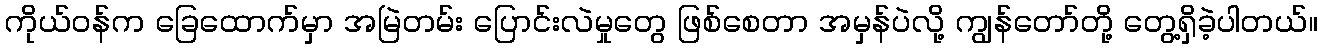
ကိုယ်ဝန်က ခြေထောက်မှာ အမြဲတမ်း ပြောင်းလဲမှုတွေ ဖြစ်စေတာ အမှန်ပဲလို့ ကျွန်တော်တို့ တွေ့ရှိခဲ့ပါတယ်။